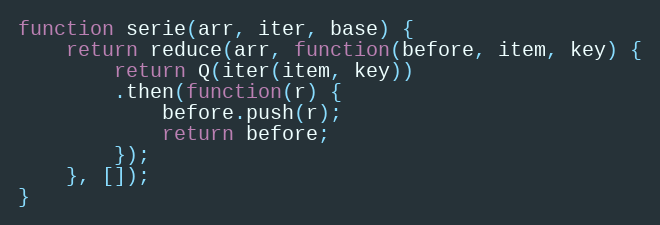
Language: JavaScript
function serie(arr, iter, base) {
    return reduce(arr, function(before, item, key) {
        return Q(iter(item, key))
        .then(function(r) {
            before.push(r);
            return before;
        });
    }, []);
}